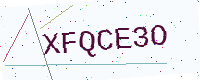
Text: XFQCE3O